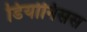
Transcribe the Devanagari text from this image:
डियोनिसस